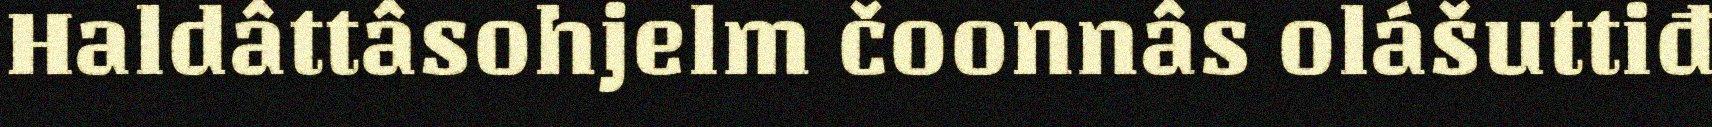
Haldâttâsohjelm čoonnâs olášuttiđ